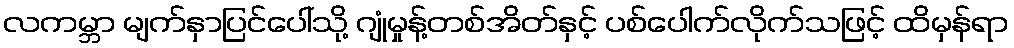
လကမ္ဘာ မျက်နှာပြင်ပေါ်သို့ ဂျုံမှုန့်တစ်အိတ်နှင့် ပစ်ပေါက်လိုက်သဖြင့် ထိမှန်ရာ